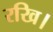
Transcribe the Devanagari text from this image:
रखि।